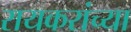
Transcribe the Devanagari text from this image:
रायकरांच्या